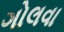
ગોલવા